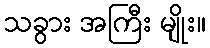
သခွား အကြီး မျိုး။